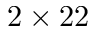
2 \times 2 2